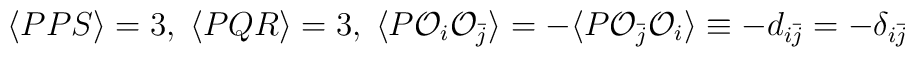
\langle PPS \rangle =3 ,\; \langle PQR \rangle =3,\;\langle P{\cal O}_{i}{\cal O}_{\bar{j}}\rangle=-\langle P{\cal O}_{\bar{j}}{\cal O}_{i}\rangle \equiv -d_{i\bar{j}}=-\delta_{i\bar{j}}